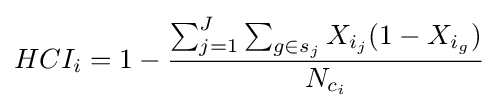
HCI_{i}=1-{\frac {\sum _{j=1}^{J}\sum _{g\in s_{j}}X_{i_{j}}(1-X_{i_{g}})}{N_{c_{i}}}}